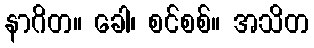
နာဂိတ။ ခေါ၊ စင်စစ်။ အသိတ